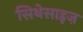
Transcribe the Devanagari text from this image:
सिथेसाइज़